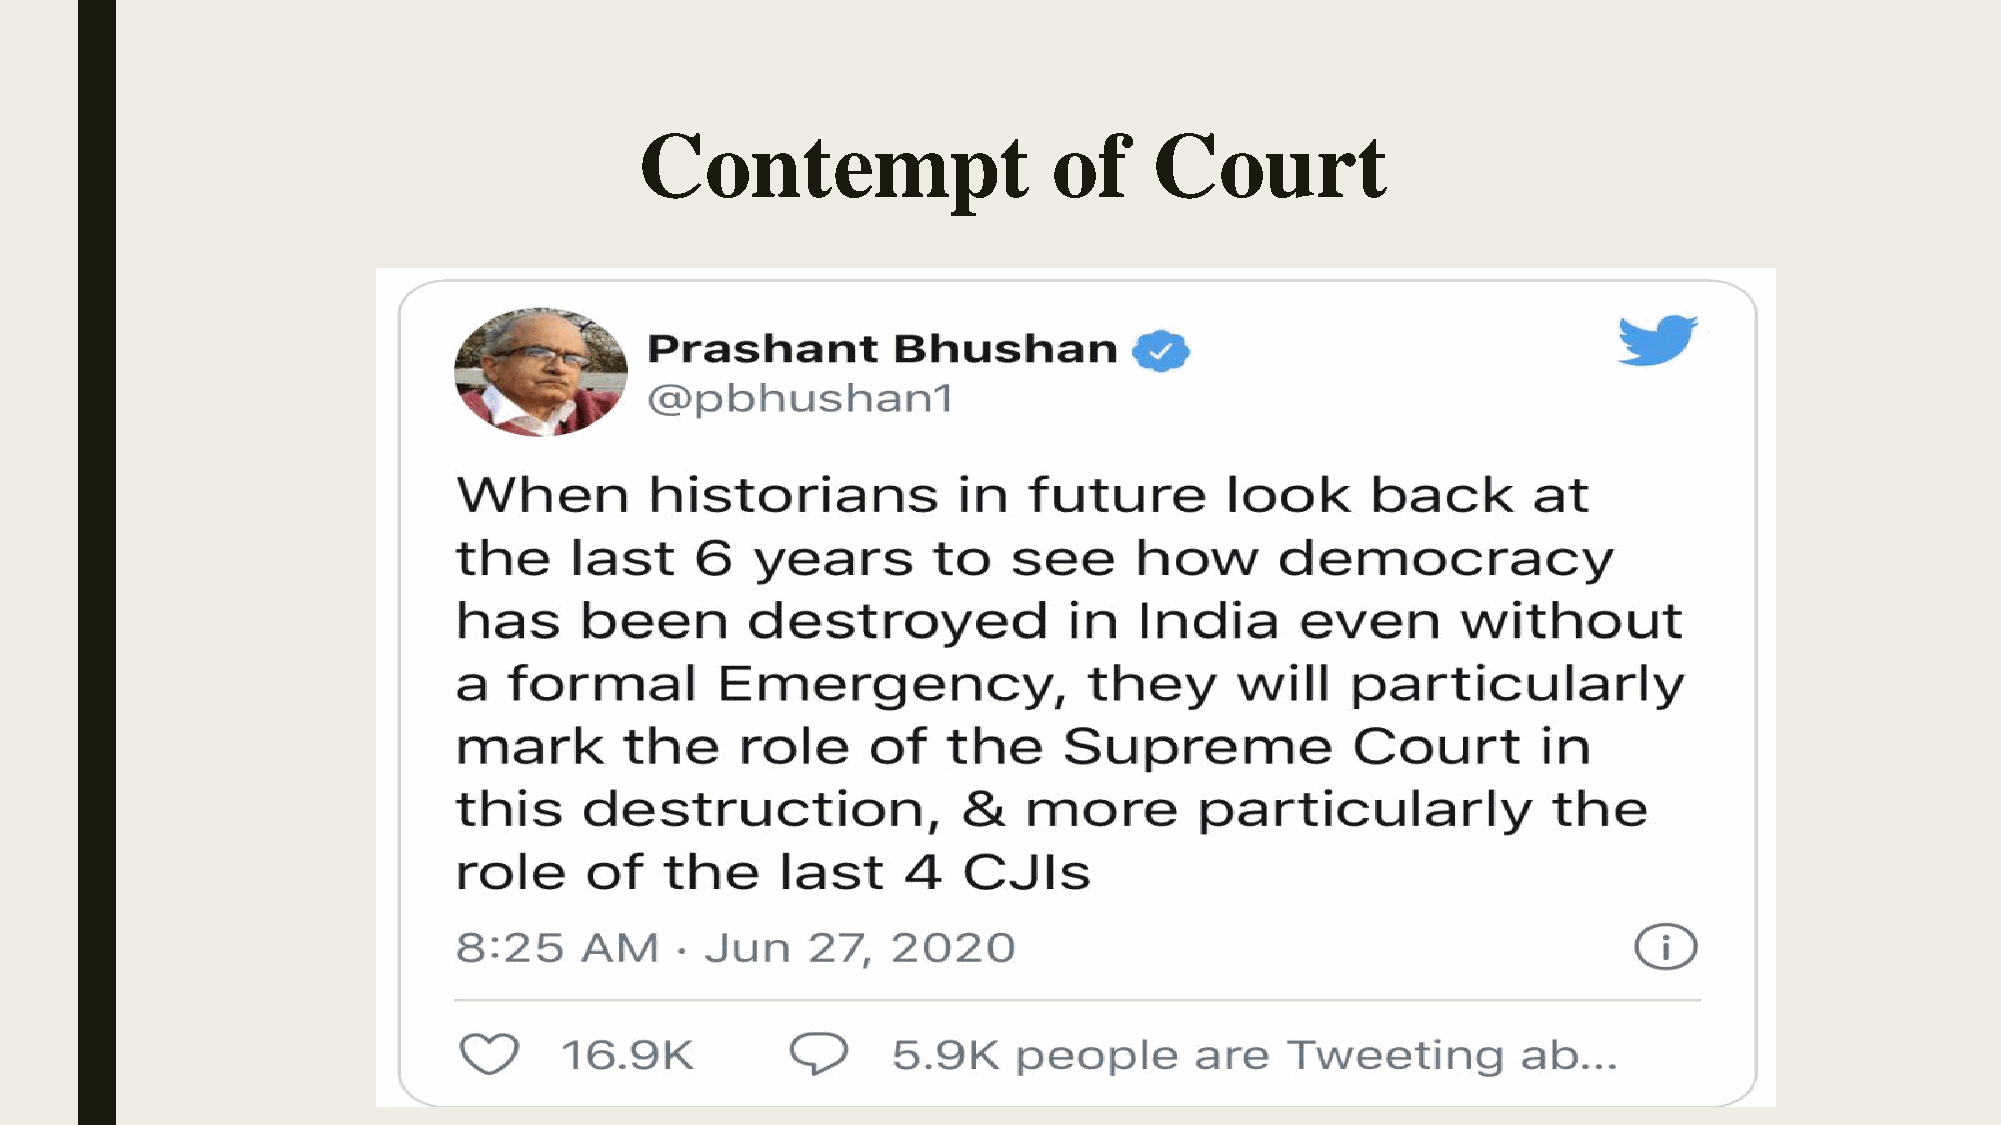
Contempt                    of    Court